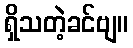
ရှိသတဲ့ခင်ဗျ။